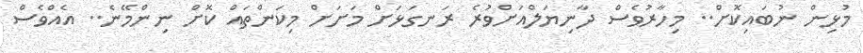
މުޅިން ނުބައިކޮށް.. މިހާރުވެސް ދާނިޔަލްއަށްވުރެ ރަނގަޅަށް މަށަށް މިކަންތައް ކޮށް ނިންމޭނެ.. އެއްވެސް